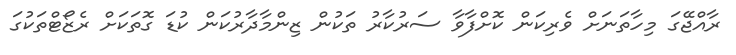
ރާއްޖޭގަ މިހާތަނަށް ވެރިކަން ކޮށްފާވާ ސަރުކާރު ތަކުން ޒިންމާދާރުކަން ކުޑަ ގޮތަކަށް ރެޒޯޓްތަކުގަ